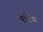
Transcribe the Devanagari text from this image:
मूटिंग